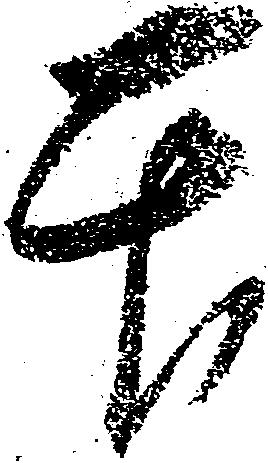
本